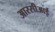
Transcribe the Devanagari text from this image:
आरसीआई